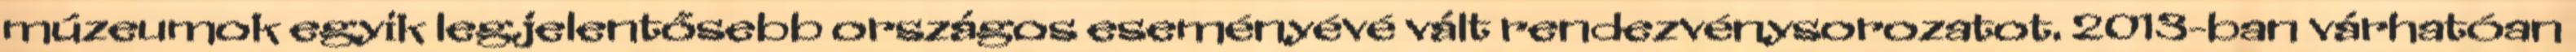
múzeumok egyik legjelentősebb országos eseményévé vált rendezvénysorozatot. 2013-ban várhatóan